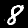
Label: 8